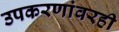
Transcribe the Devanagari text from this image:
उपकरणांवरही